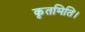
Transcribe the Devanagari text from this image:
कृतमिति।